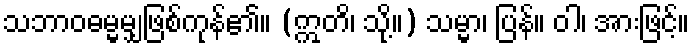
သဘာဝဓမ္မမျှဖြစ်ကုန်၏။ (ဣတိ၊ သို့။) သမ္မာ၊ ပြန်။ ဝါ၊ အားဖြင့်။